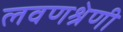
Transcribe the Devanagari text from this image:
लवणश्रेणी